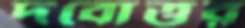
দবোত্তর